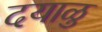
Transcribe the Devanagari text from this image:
दयाळु